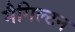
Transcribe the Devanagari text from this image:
मैगिल्टन